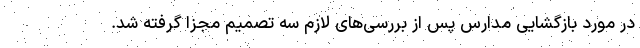
در مورد بازگشایی مدارس پس از بررسی‌های لازم سه تصمیم مجزا گرفته شد.